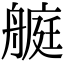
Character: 𦪅